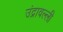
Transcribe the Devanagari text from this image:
उंद्रावल्ली